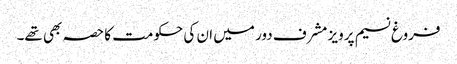
فروغ نسیم پرویز مشرف دور میں ان کی حکومت کا حصہ بھی تھے۔